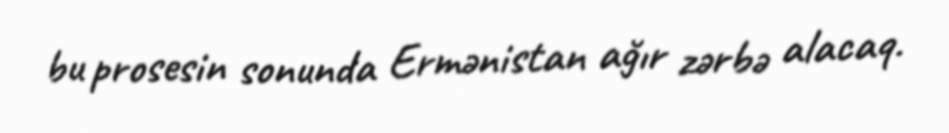
bu prosesin sonunda Ermənistan ağır zərbə alacaq.